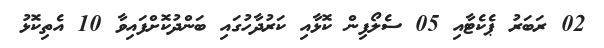
02 ރަބަރު ޕެކެޓާއި 05 ސެލޯފިން ކޮޅާއި ކަރުދާހުގައި ބަންދުކޮށްފައިވާ 10 އެތިކޮޅު